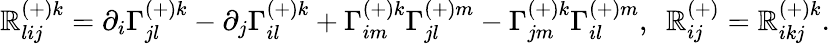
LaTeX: \mathbb{R}_{lij}^{(+)k}=\partial_{i}\Gamma_{jl}^{(+)k}-\partial_{j}\Gamma_{il}^{(+)k}+\Gamma_{im}^{(+)k}\Gamma_{jl}^{(+)m}-\Gamma_{jm}^{(+)k}\Gamma_{il}^{(+)m},\ \ \mathbb{R}_{ij}^{(+)}=\mathbb{R}_{ikj}^{(+)k}.